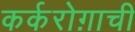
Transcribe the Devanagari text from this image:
कर्करोग़ाची